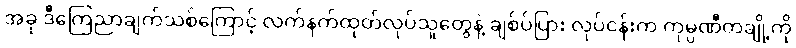
အခု ဒီကြေညာချက်သစ်ကြောင့် လက်နက်ထုတ်လုပ်သူတွေနဲ့ ချစ်ပ်ပြား လုပ်ငန်းက ကုမ္ပဏီတချို့ကို